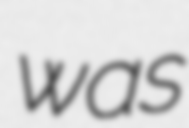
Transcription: was